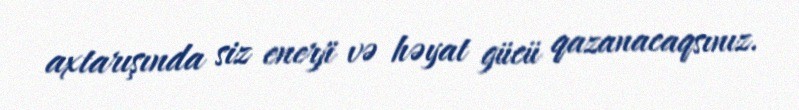
axtarışında siz enerji və həyat gücü qazanacaqsınız.